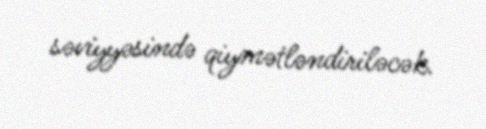
səviyyəsində qiymətləndiriləcək.